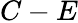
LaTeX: C-E